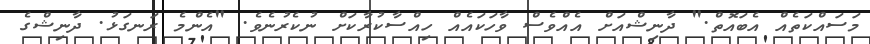
މަސައްކަތެއް އެބައޮތް." ދާނިޝްއަށް އެއްވެސް ވާހަކައެއް ހިއްސާކުރާކަށް ނުކެރުނެވެ. "އެންމެ ރަނގަޅު. ދާނިޝްގެ